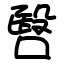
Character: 㗨